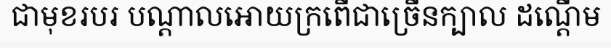
ជាមុខរបរ បណ្តាលអោយក្រពើជាច្រើនក្បាល ដណ្តើម